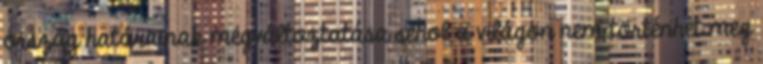
ország határainak megváltoztatása sehol a világon nem történhet meg